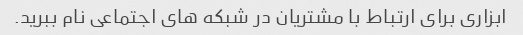
ابزاری برای ارتباط با مشتریان در شبکه های اجتماعی نام ببرید.